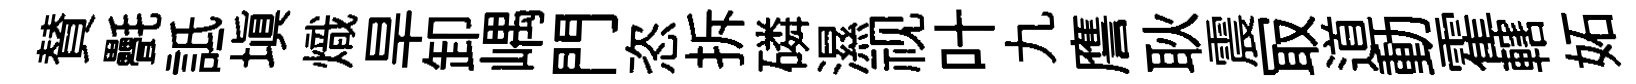
賛㲲詆塡熾旱卸嵎門恣拆磷濕视叶九譍耿震冣道動霍轄妬